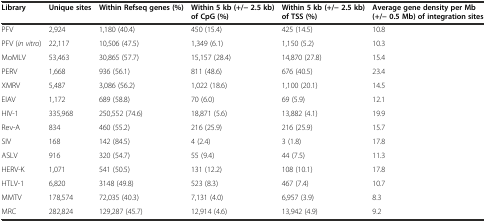
<table><thead><tr><td><b>Library</b></td><td><b>Unique sites</b></td><td><b>Within Refseq genes (%)</b></td><td><b>Within 5 kb (+/− 2.5 kb) of CpG (%)</b></td><td><b>Within 5 kb (+/− 2.5 kb) of TSS (%)</b></td><td><b>Average gene density per Mb (+/− 0.5 Mb) of integration sites</b></td></tr></thead><tbody><tr><td>PFV</td><td>2,924</td><td>1,180 (40.4)</td><td>450 (15.4)</td><td>425 (14.5)</td><td>10.8</td></tr><tr><td>PFV (<i>in vitro</i>)</td><td>22,117</td><td>10,506 (47.5)</td><td>1,349 (6.1)</td><td>1,150 (5.2)</td><td>10.3</td></tr><tr><td>MoMLV</td><td>53,463</td><td>30,865 (57.7)</td><td>15,157 (28.4)</td><td>14,870 (27.8)</td><td>15.4</td></tr><tr><td>PERV</td><td>1,668</td><td>936 (56.1)</td><td>811 (48.6)</td><td>676 (40.5)</td><td>23.4</td></tr><tr><td>XMRV</td><td>5,487</td><td>3,086 (56.2)</td><td>1,022 (18.6)</td><td>1,100 (20.1)</td><td>14.5</td></tr><tr><td>EIAV</td><td>1,172</td><td>689 (58.8)</td><td>70 (6.0)</td><td>69 (5.9)</td><td>12.1</td></tr><tr><td>HIV-1</td><td>335,968</td><td>250,552 (74.6)</td><td>18,871 (5.6)</td><td>13,882 (4.1)</td><td>19.9</td></tr><tr><td>Rev-A</td><td>834</td><td>460 (55.2)</td><td>216 (25.9)</td><td>216 (25.9)</td><td>15.7</td></tr><tr><td>SIV</td><td>168</td><td>142 (84.5)</td><td>4 (2.4)</td><td>3 (1.8)</td><td>17.8</td></tr><tr><td>ASLV</td><td>916</td><td>320 (54.7)</td><td>55 (9.4)</td><td>44 (7.5)</td><td>11.3</td></tr><tr><td>HERV-K</td><td>1,071</td><td>541 (50.5)</td><td>131 (12.2)</td><td>108 (10.1)</td><td>17.8</td></tr><tr><td>HTLV-1</td><td>6,820</td><td>3148 (49.8)</td><td>523 (8.3)</td><td>467 (7.4)</td><td>10.7</td></tr><tr><td>MMTV</td><td>178,574</td><td>72,035 (40.3)</td><td>7,131 (4.0)</td><td>6,957 (3.9)</td><td>8.3</td></tr><tr><td>MRC</td><td>282,824</td><td>129,287 (45.7)</td><td>12,914 (4.6)</td><td>13,942 (4.9)</td><td>9.2</td></tr></tbody></table>